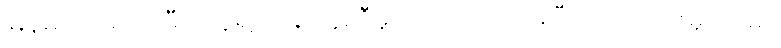
မြန်မာအမျိုးသမီးတွေရဲ့ တန်းတူညီမှုကို အသားပေးပြီး ယဉ်ကျေးမှုပိုင်းမှာ